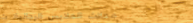
محلات الملابس الرجالية: ت